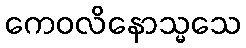
ကေဝလိနောသ္မသေ